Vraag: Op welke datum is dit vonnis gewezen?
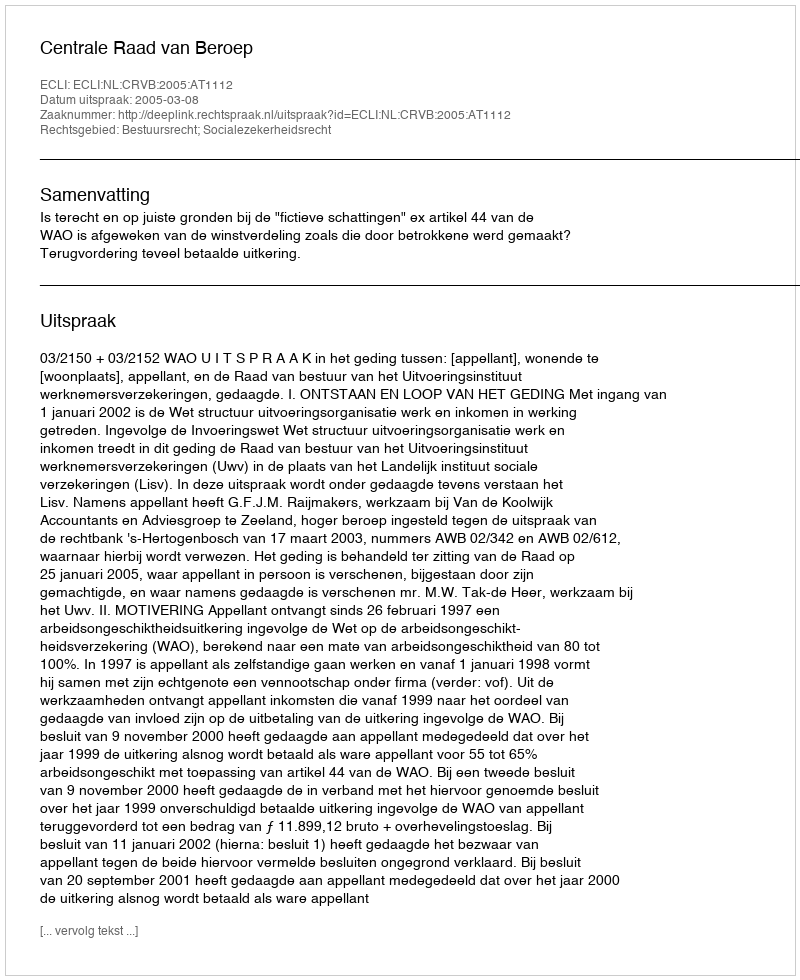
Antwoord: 2005-03-08